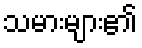
သမားများ၏